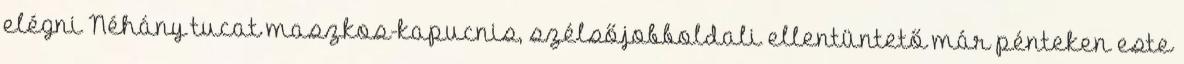
elégni Néhány tucat maszkos-kapucnis, szélsőjobboldali ellentüntető már pénteken este